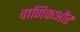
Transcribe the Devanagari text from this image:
वाणिकऔर